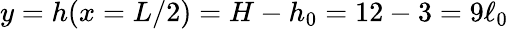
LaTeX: y=h(x=L/2)=H-h_{0}=12-3=9\ell_{0}